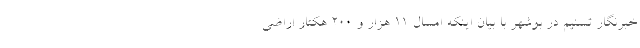
خبرنگار تسنیم در بوشهر با بیان اینکه امسال 11 هزار و 200 هکتار اراضی